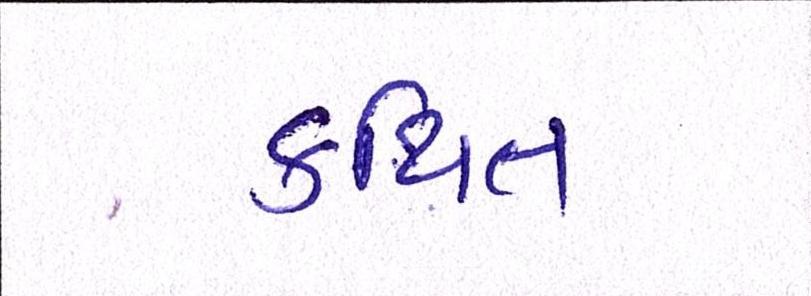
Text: કથિત